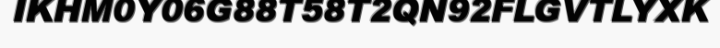
IKHM0Y06G88T58T2QN92FLGVTLYXK